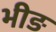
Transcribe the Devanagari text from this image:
भीङ